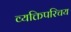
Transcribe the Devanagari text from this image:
व्यक्तिपरिचय